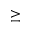
\geq